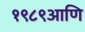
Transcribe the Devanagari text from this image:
१९८९आणि